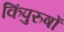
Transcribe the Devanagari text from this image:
किंपुरुषों